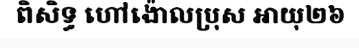
ពិសិទ្ធ ហៅង៉ោលប្រុស អាយុ២៦